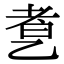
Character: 乽